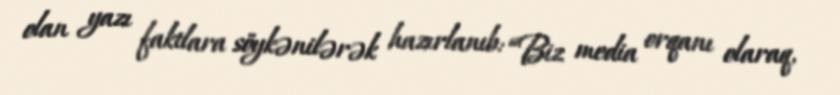
olan yazı faktlara söykənilərək hazırlanıb: “Biz media orqanı olaraq,